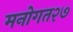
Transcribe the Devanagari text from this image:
मनोगत२७